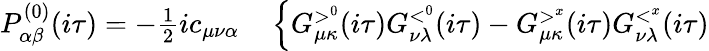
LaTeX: \begin{array}{rl}{P_{\alpha\beta}^{(0)}(i\tau)=-\frac{1}{2}ic_{\mu\nu\alpha}}&{{}\left\{ G_{\mu\kappa}^{>^{0}}(i\tau)G_{\nu\lambda}^{<^{0}}(i\tau)-G_{\mu\kappa}^{>^{x}}(i\tau)G_{\nu\lambda}^{<^{x}}(i\tau)\right.}\end{array}